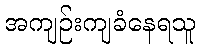
အကျဉ်းကျခံနေရသူ